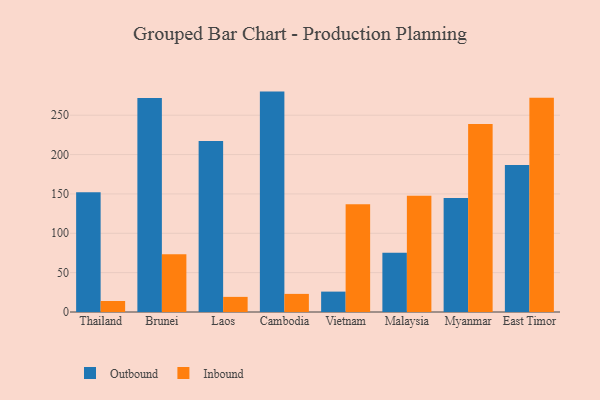
{"axis": {"x": "Country", "y": "Conversion Rate (%)"}, "legend": ["Inbound", "Outbound"], "data": [{"x": "Thailand", "y": 152.1, "type": "Outbound"}, {"x": "Thailand", "y": 14.0, "type": "Inbound"}, {"x": "Brunei", "y": 271.9, "type": "Outbound"}, {"x": "Brunei", "y": 73.4, "type": "Inbound"}, {"x": "Laos", "y": 217.4, "type": "Outbound"}, {"x": "Laos", "y": 19.2, "type": "Inbound"}, {"x": "Cambodia", "y": 280.0, "type": "Outbound"}, {"x": "Cambodia", "y": 23.0, "type": "Inbound"}, {"x": "Vietnam", "y": 25.9, "type": "Outbound"}, {"x": "Vietnam", "y": 137.0, "type": "Inbound"}, {"x": "Malaysia", "y": 75.3, "type": "Outbound"}, {"x": "Malaysia", "y": 147.8, "type": "Inbound"}, {"x": "Myanmar", "y": 144.8, "type": "Outbound"}, {"x": "Myanmar", "y": 238.7, "type": "Inbound"}, {"x": "East Timor", "y": 186.6, "type": "Outbound"}, {"x": "East Timor", "y": 272.1, "type": "Inbound"}]}